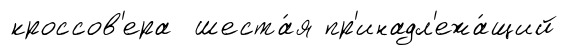
кроссов'ера шеста́я пр'инадл'ежа́щий